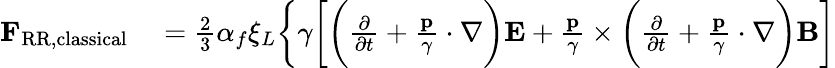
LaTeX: \begin{array}{rl}{\mathbf{F}_{\mathrm{RR,classical}}}&{{}=\frac{2}{3}\alpha_{f}\xi_{L}\bigg\lbrace\gamma\bigg[\bigg(\frac{\partial}{\partial t}+\frac{\mathbf{p}}{\gamma}\cdot\nabla\bigg)\mathbf{E}+\frac{\mathbf{p}}{\gamma}\times\bigg(\frac{\partial}{\partial t}+\frac{\mathbf{p}}{\gamma}\cdot\nabla\bigg)\mathbf{B}\bigg]}\end{array}